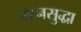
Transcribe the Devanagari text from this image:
प्रश्नसुद्धा